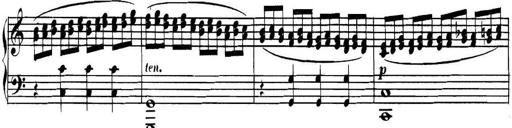
Title: Collected Piano Sonatas
Composer: Muzio Clementi